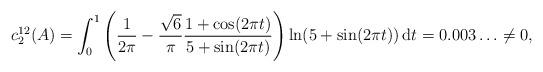
LaTeX: \begin{align*}c_2^{12}(A) = \int_0^1 \left(\frac{1}{2\pi}-\frac{\sqrt{6}}{\pi}\frac{1+ \cos(2\pi t)}{5+\sin(2\pi t)}\right)\ln(5+\sin(2\pi t))\,\mathrm{d}t = 0.003\dots\neq 0,\end{align*}